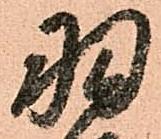
羽